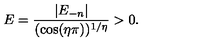
E = \frac { | E _ { - n } | } { ( \cos ( \eta \pi ) ) ^ { 1 / \eta } } > 0 .